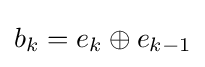
b_{k}=e_{k}\oplus e_{k-1}